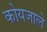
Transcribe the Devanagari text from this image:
कोयजाले